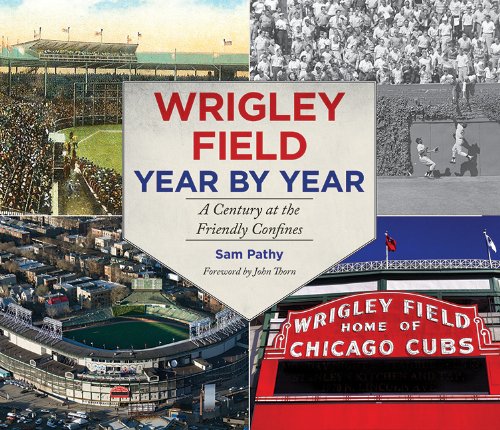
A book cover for Wrigley Field Year by Year: A Century at the Friendly Confines; Sam Pathy; Sports & Outdoors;